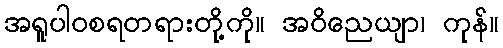
အရူပါဝစရတရားတို့ကို။ အဝိညေယျာ၊ ကုန်။